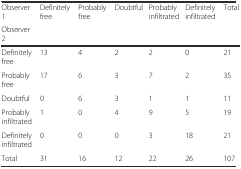
| Observer 1 | <ROWSPAN=2> Definitely free | <ROWSPAN=2> Probably free | <ROWSPAN=2> Doubtful | <ROWSPAN=2> Probably infiltrated | <ROWSPAN=2> Definitely infiltrated | <ROWSPAN=2> Total |
 | Observer 2 |
 | --- | --- | --- | --- | --- | --- | --- |
 | Definitely free | 13 | 4 | 2 | 2 | 0 | 21 |
 | Probably free | 17 | 6 | 3 | 7 | 2 | 35 |
 | Doubtful | 0 | 6 | 3 | 1 | 1 | 11 |
 | Probably infiltrated | 1 | 0 | 4 | 9 | 5 | 19 |
 | Definitely infiltrated | 0 | 0 | 0 | 3 | 18 | 21 |
 | Total | 31 | 16 | 12 | 22 | 26 | 107 |